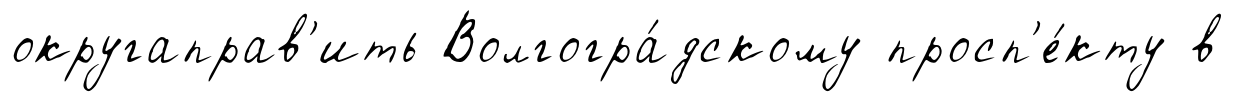
округаправ'ить Волгогра́дскому просп'е́кту в